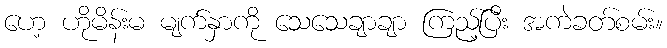
ဟေ့ ဟိုမိန်းမ မျက်နှာကို သေသေချာချာ ကြည့်ပြီး အကဲခတ်စမ်း။